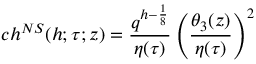
c h ^ { N S } ( h ; \tau ; z ) = { \frac { q ^ { h - { \frac { 1 } { 8 } } } } { \eta ( \tau ) } } \left( { \frac { \theta _ { 3 } ( z ) } { \eta ( \tau ) } } \right) ^ { 2 }